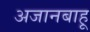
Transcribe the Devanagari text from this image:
अजानबाहू